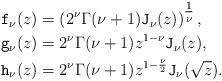
LaTeX: \begin{align*}\mathtt{f}_{\nu}(z)&= \left(2^{\nu} \Gamma(\nu+1) \mathtt{J}_{\nu}(z)\right)^{\tfrac{1}{\nu}},\\\mathtt{g}_{\nu}(z)&= 2^{\nu} \Gamma(\nu+1) z^{1-\nu} \mathtt{J}_{\nu}(z),\\\mathtt{h}_{\nu}(z)&= 2^{\nu} \Gamma(\nu+1) z^{1-\frac{\nu}{2}} \mathtt{J}_{\nu}(\sqrt{z}). \end{align*}